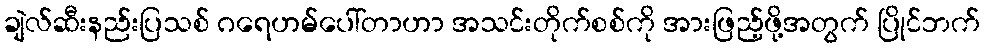
ချဲလ်ဆီးနည်းပြသစ် ဂရေဟမ်ပေါ်တာဟာ အသင်းတိုက်စစ်ကို အားဖြည့်ဖို့အတွက် ပြိုင်ဘက်